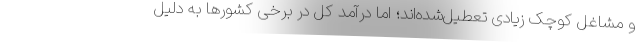
و مشاغل کوچک زیادی تعطیل‌شده‌اند؛ اما درآمد کل در برخی کشورها به دلیل